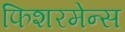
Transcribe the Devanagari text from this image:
फिशरमेन्स